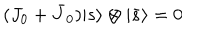
( J _ { 0 } + \bar { J } _ { 0 } ) { \vert { s } \rangle } \otimes { \vert { \bar { s } } \rangle } = 0